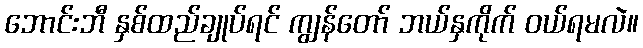
ဘောင်းဘီ နှစ်ထည်ချုပ်ရင် ကျွန်တော် ဘယ်နှကိုက် ဝယ်ရမလဲ။